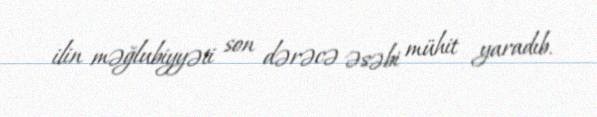
ilin məğlubiyyəti son dərəcə əsəbi mühit yaradıb.